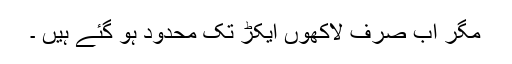
مگر اب صرف لاکھوں ایکڑ تک محدود ہو گئے ہیں ۔